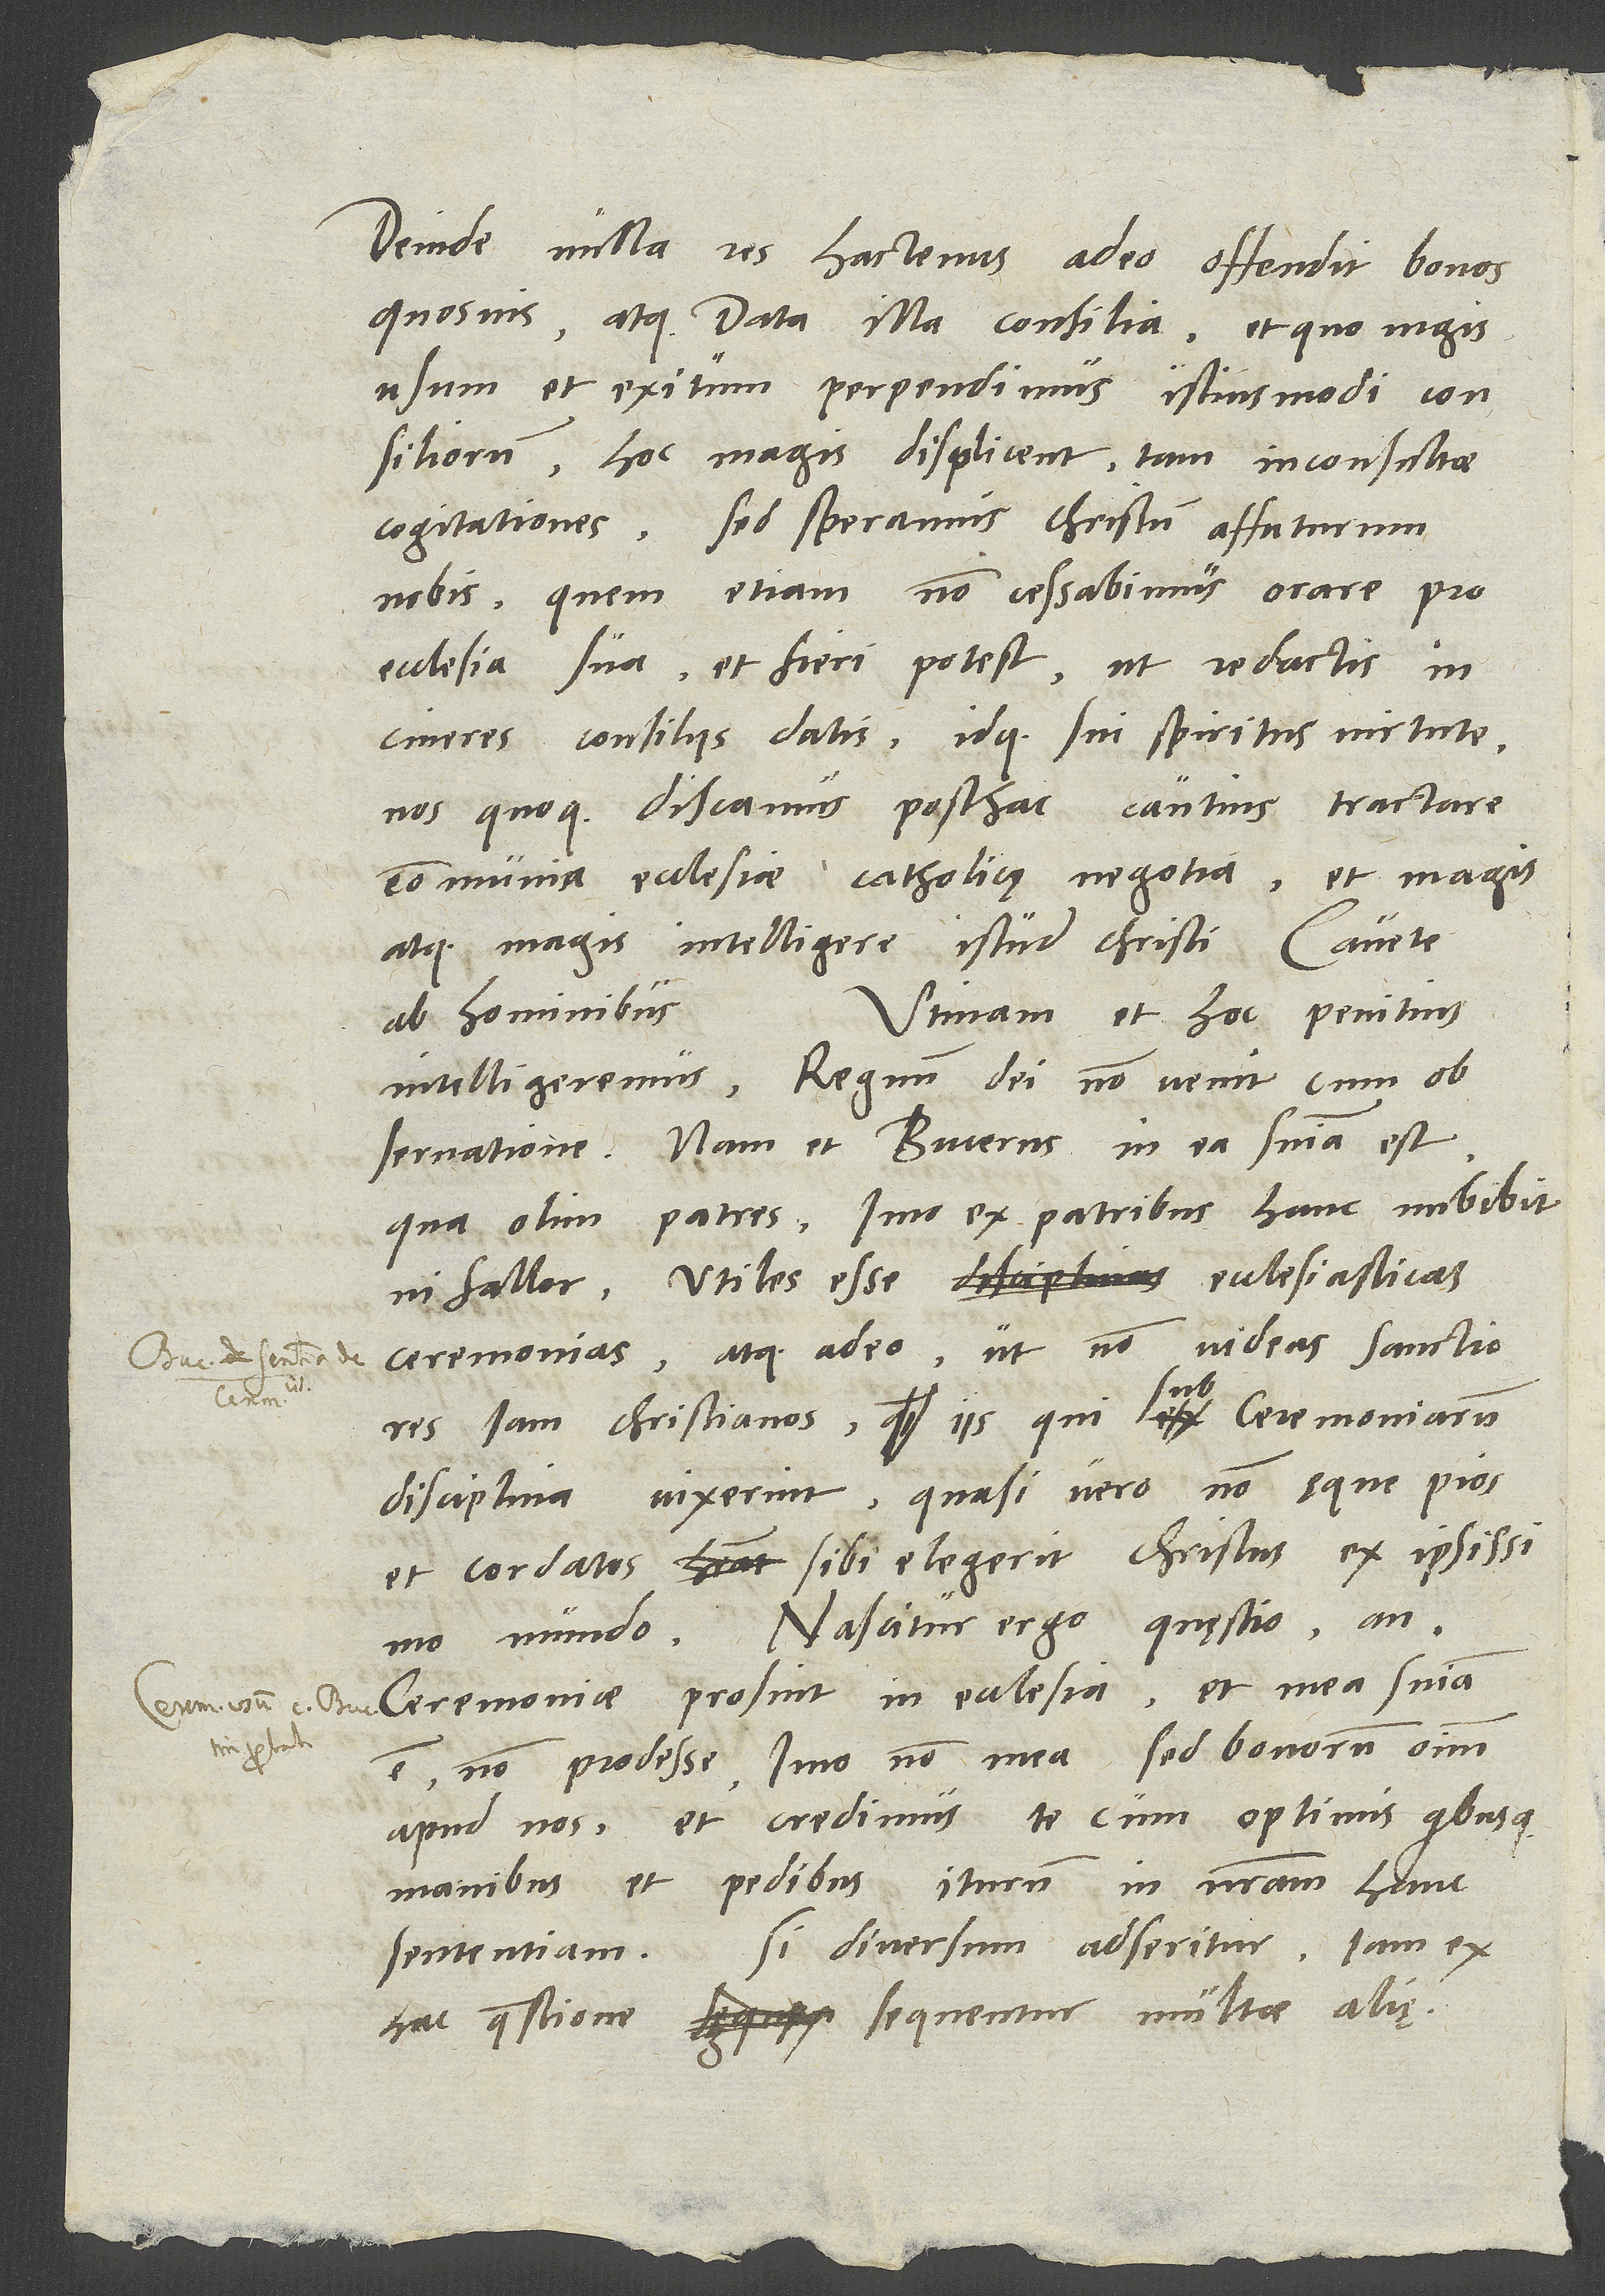
Deinde nulla res hactenus adeo offendit bonos
quosvis atque data illa consilia, et quo magis
usum et exitum perpendimus istiusmodi consiliorum,
hoc magis displicent tam inconsultae
cogitationes. Sed speramus Christum affuturum
nobis, quem etiam non cessabimus orare pro
ecclesia sua, et fieri potest, ut redactis in
cineres consiliis datis, idque sui spiritus virtute,
nos quoque discamus posthac cautius tractare
communia ecclesiae catholicę negotia et magis
atque magis intelligere istud Christi: "Cavete
Utinam et hoc penitius
ab hominibus"
intelligeremus: "Regnum dei non venit cum
Nam et Bucerus in ea sententia est,
qua olim patres - imo ex patribus hanc imbibit,
ni fallor -, utiles esse ecclesiasticas
ceremonias, atque adeo, ut non videas sanctiores
iam christianos iis, qui sub ceremoniarum
disciplina vixerint, quasi vero non ęque pios
et cordatos sibi elegerit Christus ex ipsissimo
mundo. Nascitur ergo quęstio, an
ceremoniae prosint in ecclesia, et mea sententia
est non prodesse, imo non mea, sed bonorum omnium
apud nos, et credimus te cum optimis quibusque
manibus et pedibus iturum in nostram hanc
sententiam. Si diversum adseritur, iam ex
hac quaestione sequentur multae aliae,